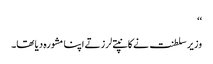
‘‘
وزیر سلطنت نے کانپتے لرزتے اپنا مشورہ دیا تھا۔